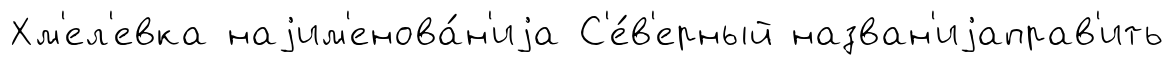
Хм'ел'евка наjим'енова́н'иjа С'е́в'ерный назван'иjаправ'ить